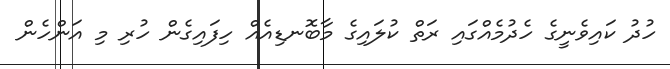
ހުދު ކައިވެނީގެ ހެދުމެއްގައި ރަތް ކުލައިގެ މާބޮނޑިއެއް ހިފައިގެން ހުރި މި އަންހެން